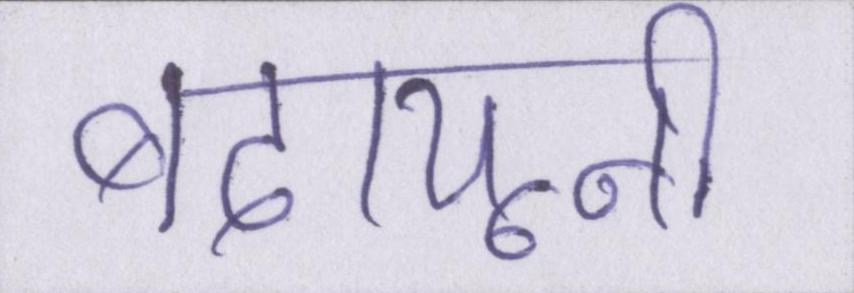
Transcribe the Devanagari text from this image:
बदायूनी